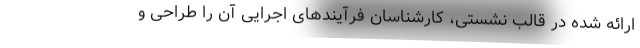
ارائه شده در قالب نشستی، کارشناسان فرآیندهای اجرایی آن را طراحی و